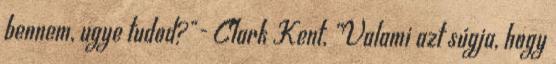
bennem, ugye tudod?"- Clark Kent, „Valami azt súgja, hogy